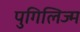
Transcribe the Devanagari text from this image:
पुगिलिज्म